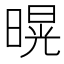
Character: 𭧌